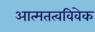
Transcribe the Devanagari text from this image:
आत्मतत्वविवेक